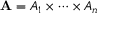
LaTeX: \mathbf { A } = A _ { 1 } \times \cdots \times A _ { n }